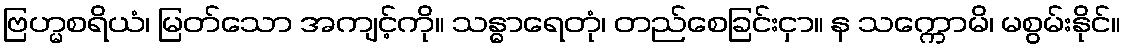
ဗြဟ္မစရိယံ၊ မြတ်သော အကျင့်ကို။ သန္ဓာရေတုံ၊ တည်စေခြင်းငှာ။ န သက္ကောမိ၊ မစွမ်းနိုင်။